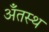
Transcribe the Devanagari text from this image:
अँतस्थ